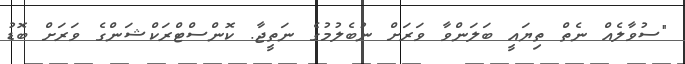
"ސުވާލެއް ނެތް ތިޔައީ ބަލަންވާ ވަރަށް ނުބެލުމުގެ ނަތީޖާ. ކޮންސްޓްރަކްޝަންގެ ވަރަށް ބޮޑު